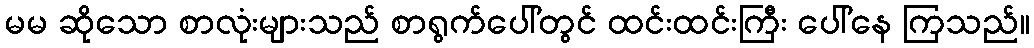
မမ ဆိုသော စာလုံးများသည် စာရွက်ပေါ်တွင် ထင်းထင်းကြီး ပေါ်နေ ကြသည်။